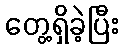
တွေ့ရှိခဲ့ပြီး